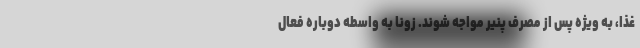
غذا، به ویژه پس از مصرف پنیر مواجه شوند. زونا به واسطه دوباره فعال